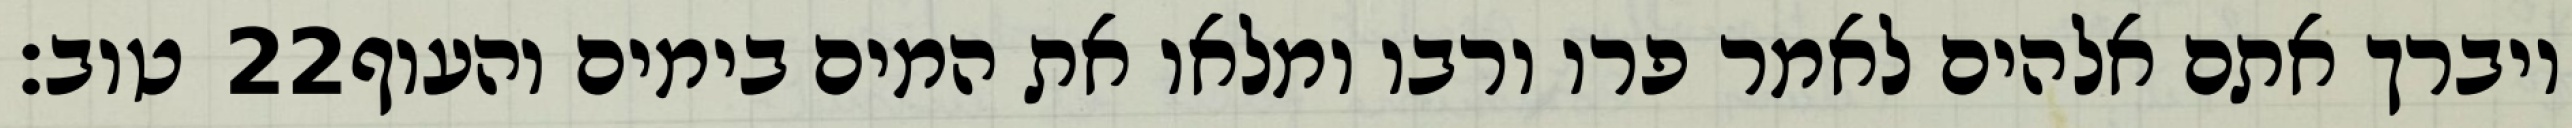
טוב׃ ‎22‏ ויברך אתם אלהים לאמר פרו ורבו ומלאו את המים בימים והעוף